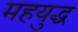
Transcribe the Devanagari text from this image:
महयुद्ध